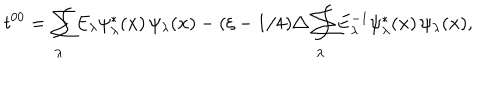
t ^ { 0 0 } = \sum \hspace { - 1 . 4 e m } \int _ { \lambda } E _ { \lambda } \psi _ { \lambda } ^ { * } ( \textbf { x } ) \, \psi _ { \lambda } ( \textbf { x } ) - ( \xi - 1 / 4 ) \triangle \sum \hspace { - 1 . 4 e m } \int _ { \lambda } E _ { \lambda } ^ { - 1 } \psi _ { \lambda } ^ { * } ( \textbf { x } ) \, \psi _ { \lambda } ( \textbf { x } ) ,